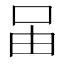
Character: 𠰬